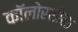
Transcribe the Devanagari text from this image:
कॉलोराडोला